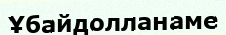
Ұбайдолланаме